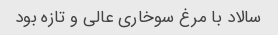
سالاد با مرغ سوخاری عالی و تازه بود